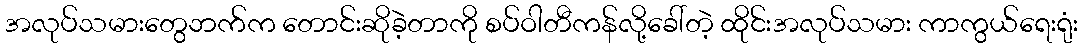
အလုပ်သမားတွေဘက်က တောင်းဆိုခဲ့တာကို စပ်ဝါတီကန်လို့ခေါ်တဲ့ ထိုင်းအလုပ်သမား ကာကွယ်ရေးရုံး